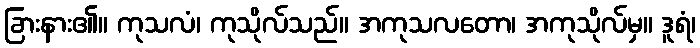
ခြားနား၏။ ကုသလံ၊ ကုသိုလ်သည်။ အကုသလတော၊ အကုသိုလ်မှ။ ဒူရံ၊